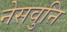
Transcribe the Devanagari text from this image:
नेसवुनि